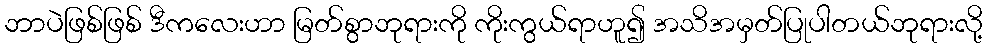
ဘာပဲဖြစ်ဖြစ် ဒီကလေးဟာ မြတ်စွာဘုရားကို ကိုးကွယ်ရာဟူ၍ အသိအမှတ်ပြုပါတယ်ဘုရားလို့